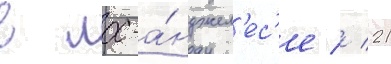
в лос-а́нджел'ес'е // 21